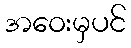
အဝေးမှပင်